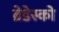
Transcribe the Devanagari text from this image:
ब्रेडेस्को